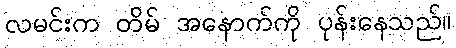
လမင်းက တိမ် အနောက်ကို ပုန်းနေသည်။